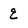
Character: E